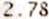
2.78